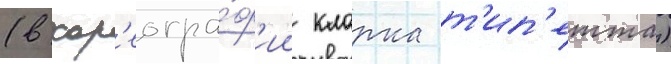
(в хор'еогра́ф'ии кларка т'ип'етта)